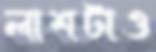
লাশটাও